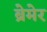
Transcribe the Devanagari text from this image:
ब्रेमेर